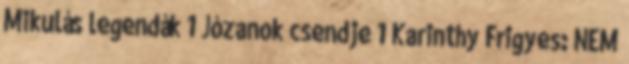
Mikulás legendák 1 Józanok csendje 1 Karinthy Frigyes: NEM